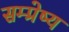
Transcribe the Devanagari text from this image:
सम्प्रेष्य